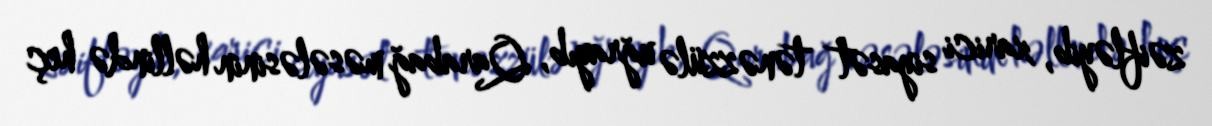
zəifləyib, xarici siyasət tənəzzülə uğrayıb, Qarabağ məsələsinin həllində heç